Civil Veterinary Dept. Bombay admin report 1923-31 - 1923-1931
Year: 1923
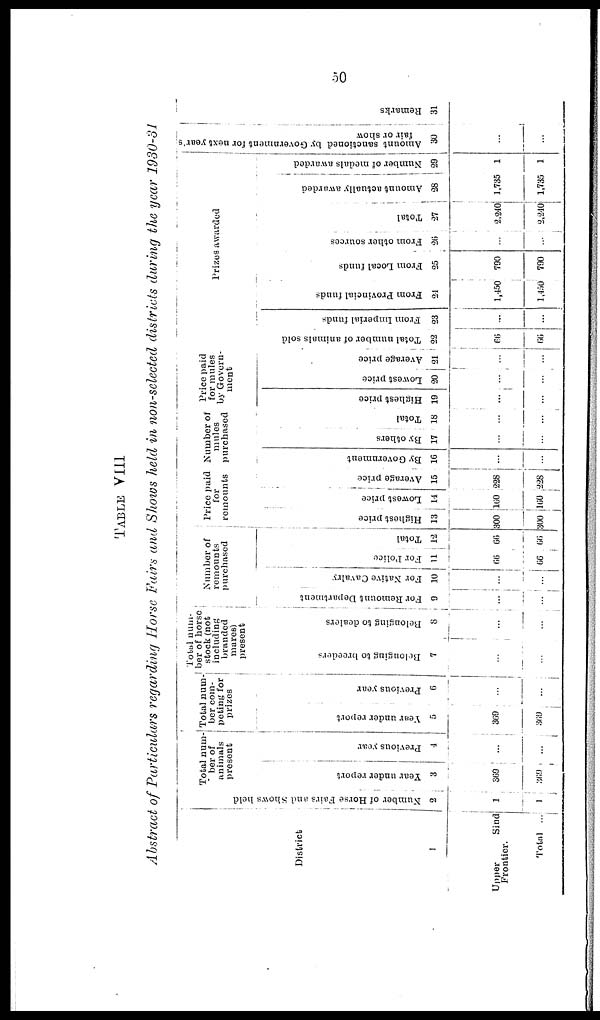
50
TABLE VIII
Abstract of Particulars regarding Horse Fairs and Shows held in non-selected districts during the year 1930-31
District
1
Upper
Sind
Frontier.
Total
...
Number of Horse Fairs and Shows held
2
1
1
Total num-
ber of
animals
present
Year under report
3
369
369
Previous year
4
...
...
Total num
ber com-
peting for
prizes
Year under report
5
369
369
Previous year
6
...
...
Total num-
ber of horse
stock (not
including
branded
mares)
present
Belonging to breeders
7
...
...
Belonging to dealers
8
...
...
Number of
remounts
purchased
For Remount Department
9
...
...
For Native Cavalry
10
...
...
For Police
11
66
66
Total
12
66
66
Price paid
for
remounts
Highest price
13
300
300
Lowest price
14
160
160
Average price
15
228
228
Number of
mules
purchased
By Government
16
...
...
By others
17
...
...
Total
18
...
...
Price p
for mu
by Gove
ment
Highest price
19
...
...
Lowe s t price
20
...
..
aid
les
rn-
Ave r
a ge price
21
Prizes awarded
Total number of animals sold
22
66
66
From Imperial funds
23
...
...
From Provincial funds
24
1,450
1,450
From Local funds
25
790
790
From other sources
26
...
...
Total
27
2,240
2,240
Amount actually awarded
28
1,735
1,735
Number of medals awarded
29
1
1
Amount sanctioned by Government for next year's
fair or show
30
...
...
Re ma r
k s
31